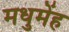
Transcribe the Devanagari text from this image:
मधुमेंह